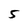
Character: 5